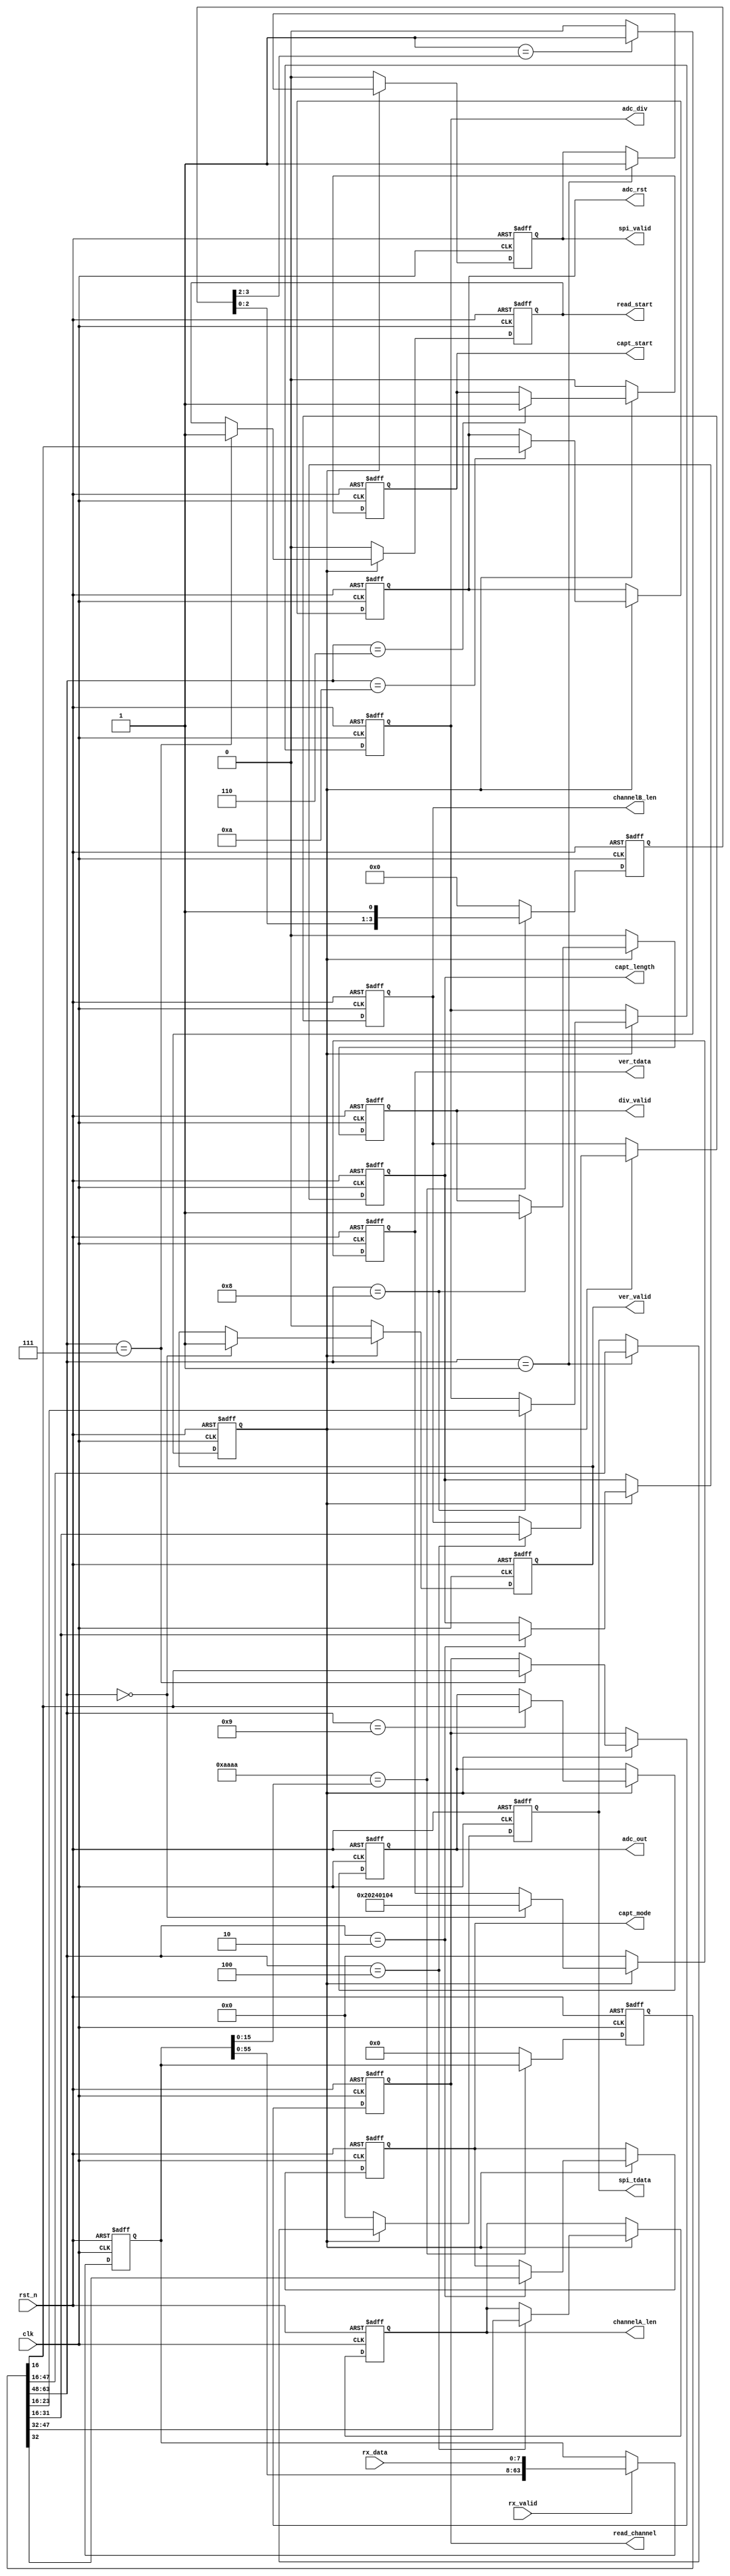
`timescale 1ns / 1ps

module REG_mapper(
	input 	clk,
	input 	rst_n,

	input 	rx_valid,
	input [7:0]	rx_data,

	output reg	ver_valid,
	output reg [31:0]	ver_tdata,
	output reg  spi_valid,
	output reg [31:0]	spi_tdata,
	output reg 	capt_mode,
	output reg [15:0]	capt_length,	
	output reg [15:0]	channelA_len,
	output reg [15:0]	channelB_len,
	output reg  capt_start,
	output reg  read_start,
	output reg 	read_channel,
	output reg  adc_out,
	output reg  div_valid,
	output reg [7:0] adc_div,
	output reg  adc_rst
	);

	localparam	UART_flag	= 16'hAAAA;
	localparam	FPGA_ver	= 32'h2024_0104;
	
	reg cmd_valid;
	reg	[ 3:0] 	tmp_valid;
	reg [63:0]	tmp_tdata;
	reg [63:0]	cmd_tdata;
	always@(posedge clk or negedge rst_n)
	begin
		if (1'b0 == rst_n)
		begin
			tmp_valid	<= 4'h0;
			tmp_tdata	<= 64'h0;	
			cmd_valid	<= 1'b0;
			cmd_tdata	<= 64'h0;	
		end
		else
		begin
			if (1'b1 == rx_valid)
				tmp_tdata	<= {tmp_tdata[55:0],rx_data};
			if (UART_flag == tmp_tdata[15:0])
			begin
				cmd_tdata	<= tmp_tdata;
				tmp_valid	<= {tmp_valid[2:0],1'b1};
			end
			else
			begin
				tmp_valid	<= 4'h0;
				cmd_tdata	<= 64'h0;	
			end
			if (2'b01 == tmp_valid[3:2])
				cmd_valid	<= 1'b1;
			else
				cmd_valid	<= 1'b0;
		end
	end

	always@(posedge clk or negedge rst_n)
	begin
		if (1'b0 == rst_n)
		begin
			ver_valid	<= 1'b0;
			ver_tdata	<= 32'h0000_0000;
			spi_valid	<= 1'b0;
			spi_tdata	<= 32'h0000_0000;
			capt_mode	<= 1'b0;
			capt_length	<= 16'h4000;	
			channelA_len<= 16'h4000;
			channelB_len<= 16'h4000;
			capt_start	<= 1'b0;
			read_start	<= 1'b0;
			read_channel<= 1'b0;
			div_valid	<= 1'b0;
			adc_div		<= 8'h2;
			adc_out		<= 1'b0;
			adc_rst		<= 1'b0;
		end
		else 
		begin
			if (1'b1 == cmd_valid)
			begin
				case (cmd_tdata[63:48])
					16'h0000:	
					begin
						ver_valid	<= 1'b1;
						ver_tdata	<= FPGA_ver;
					end		
					16'h0001:	
					begin
						spi_valid	<= 1'b1;
						spi_tdata	<= cmd_tdata[47:16];
					end		
					16'h0002:	
					begin
						capt_mode	<= cmd_tdata[32];
						capt_length	<= cmd_tdata[31:16];
					end		
					16'h0004:	
					begin
						channelA_len<= cmd_tdata[47:32];
						channelB_len<= cmd_tdata[31:16];
					end	
					16'h0006:	
					begin
						capt_start	<= 1'b1;
					end	
					16'h0007:	
					begin
						read_start	<= 1'b1;
						read_channel<= cmd_tdata[16];
					end	
					16'h0008:	
					begin
						div_valid	<= 1'b1;
						adc_div		<= cmd_tdata[23:16];
					end
					16'h0009:	adc_out <= cmd_tdata[16];
					16'h000A:	adc_rst <= cmd_tdata[16];
				endcase
			end
			else
			begin
				ver_valid	<= 1'b0;
				ver_tdata	<= 32'h0000_0000;
				spi_valid	<= 1'b0;
				spi_tdata	<= 32'h0000_0000;
				capt_start	<= 1'b0;
				read_start	<= 1'b0;
				div_valid	<= 1'b0;
			end			
		end
	end

endmodule